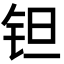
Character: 钽